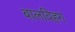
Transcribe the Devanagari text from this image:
बालविहग